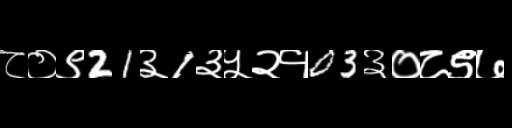
Text: ८०९21३1३५२१03३०८९७